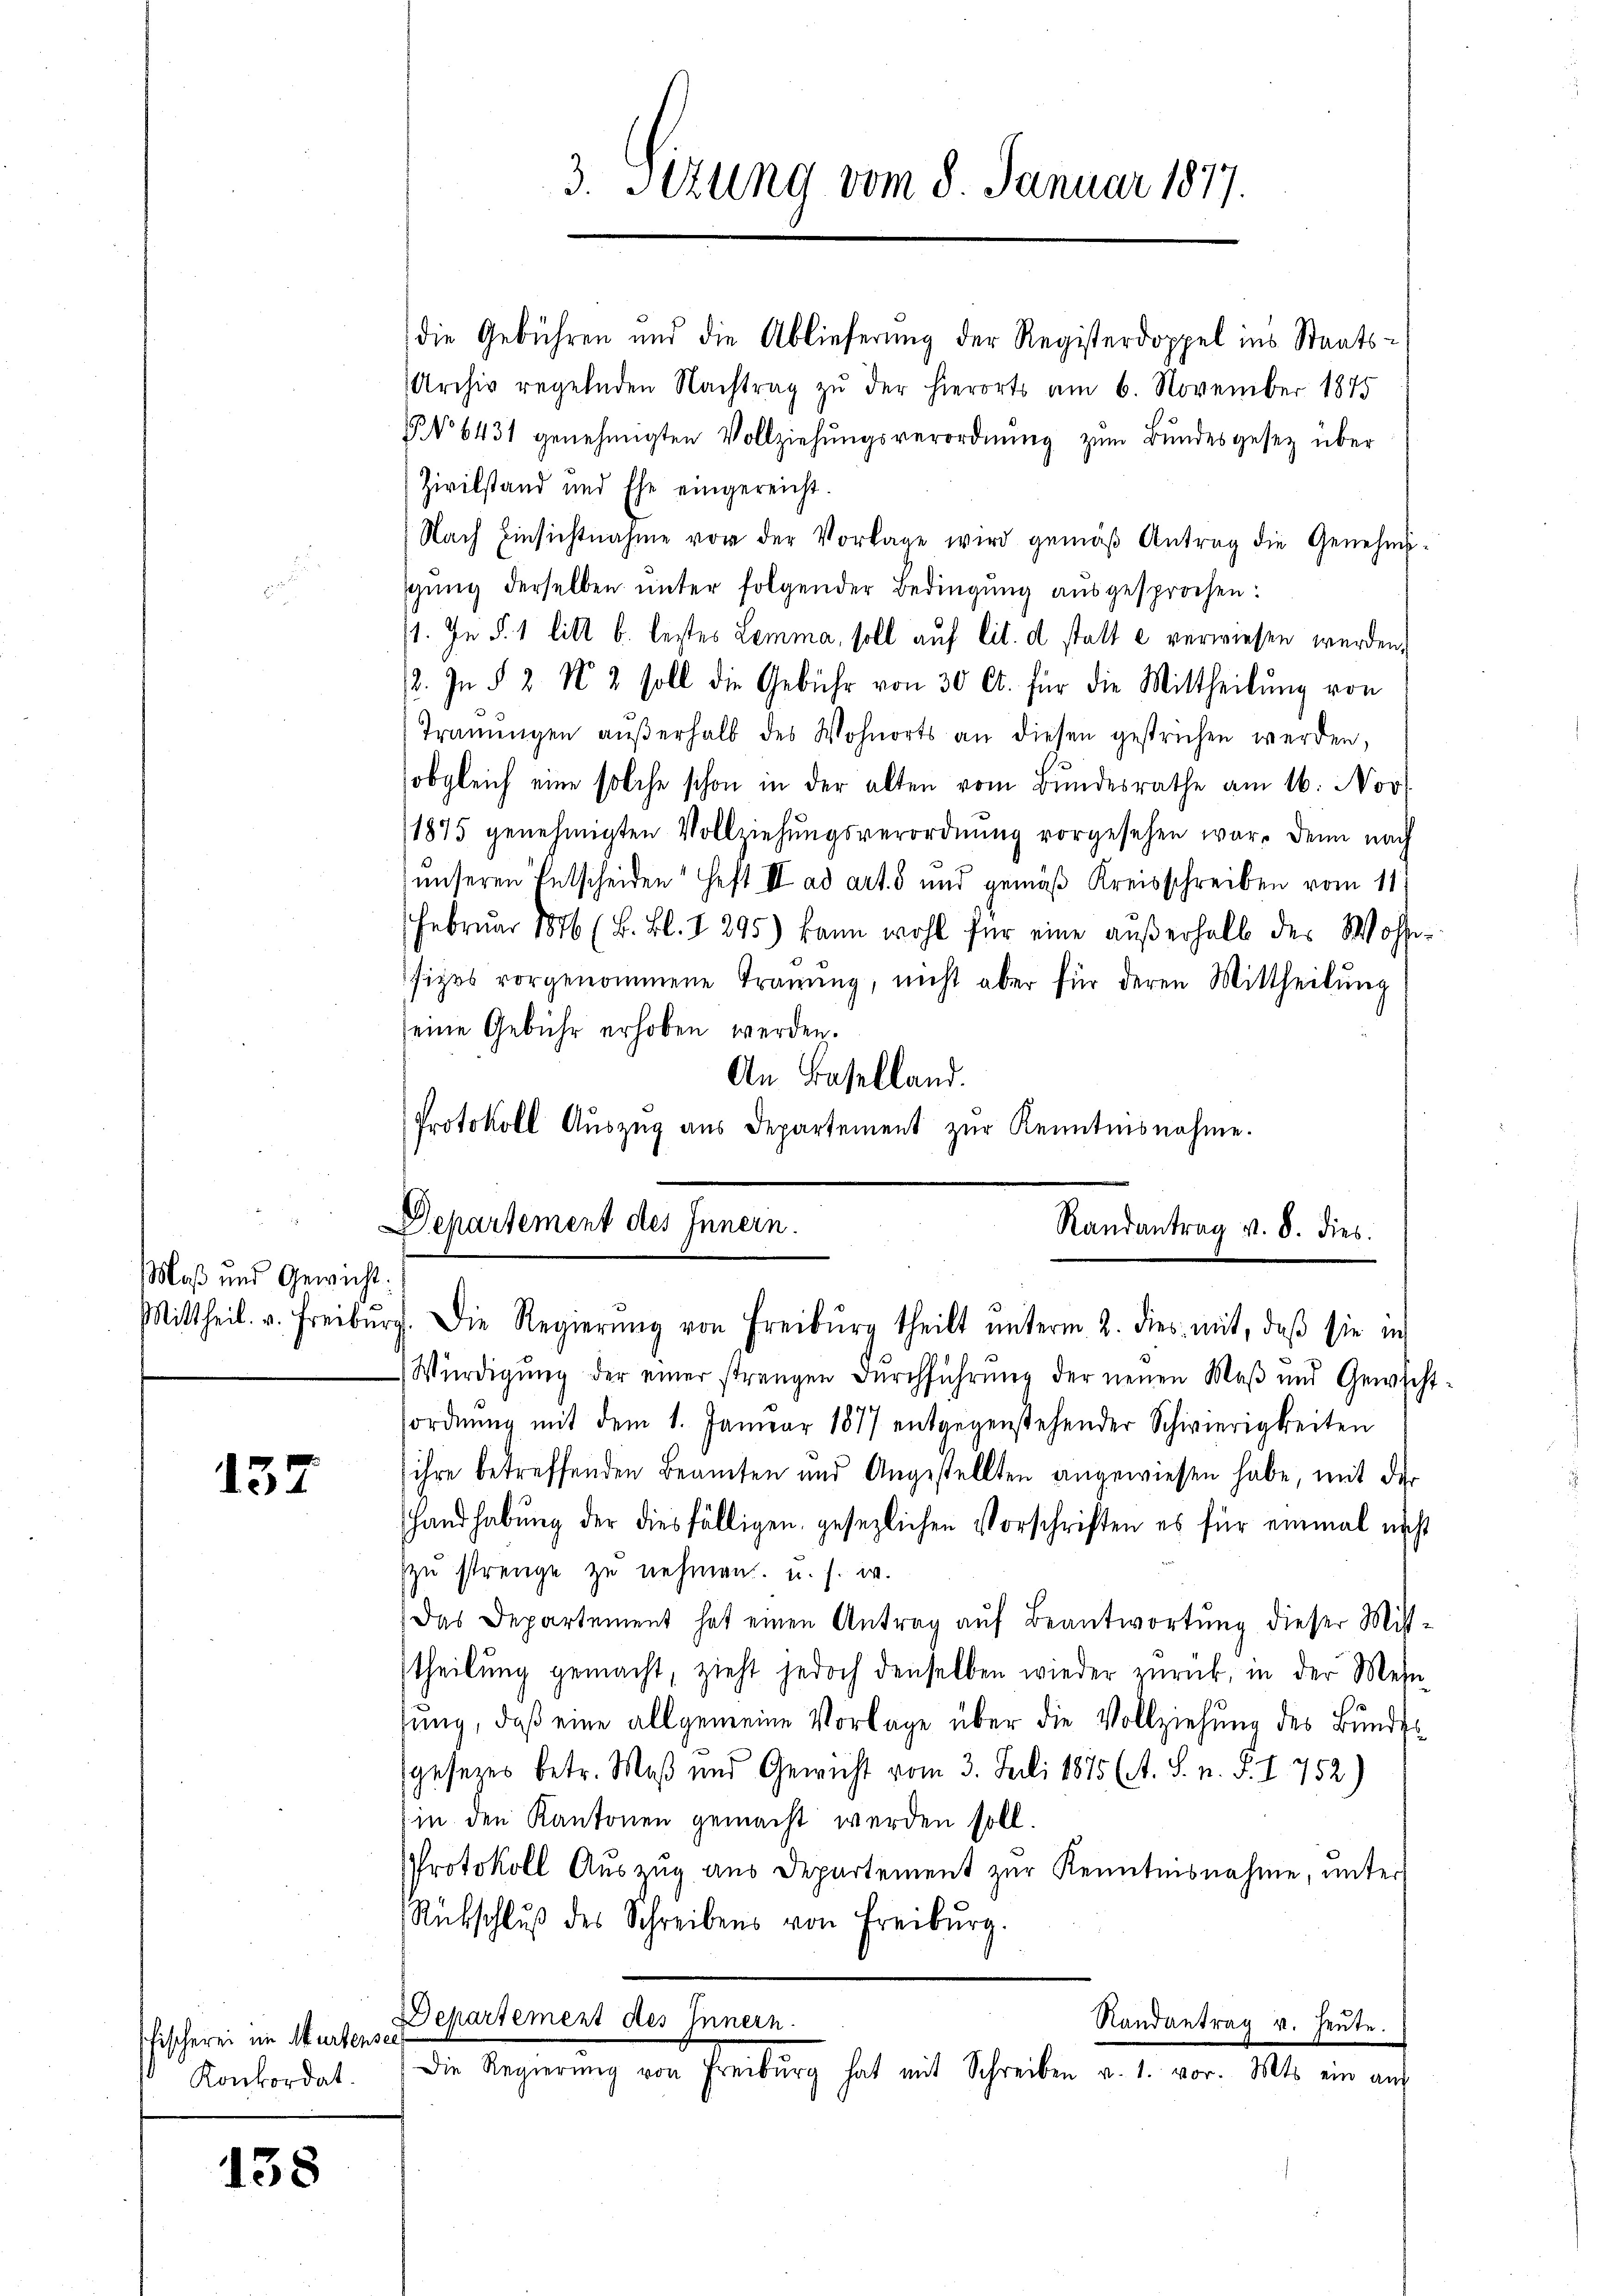
Maß und Gewicht:

137

Fischerei im Murtensee
Konkordat.

138

die Gebühren und die Ablieferung der Registerdoppel ins Staats¬
Archiv regelnden Nachtrag zŭ der hierorts am 6. November 1875
No 6431 genehmigten Vollziehŭngsverordnŭng zŭm Bŭndesgesetz über
Zivilstand und Ehe eingereicht.
Nach Einsichtnahme vor der Vorlage wird gemäβ Antrag die Genehmigŭng derselben ŭnter folgender Bedingŭng aŭsgesprochen:
st. In §. 1 litt b. bestes Lemma, soll auf lit. d statt e verwiesen werden,
2. In § 2 No 2 soll die Gebühr von 30 l. für die Mittheilŭng von
Trauungen aŭβerhalb des Wohnorts an diesen gestrichen werden,
obgleich eine solche schon in der alten vom Bundesrathe am 16. Nov.
1875 genehmigten Vollziehŭngsverordnŭng vorgesehen war. Denn nach
unseren Entscheiden Heft II ad art. 5 und gemäß Kreisschreiben vom 11.
Februar 1876 (B. Bl. 1295) kann wohl für eine außerhalb des Wohlsizes vorgenommene Trauung, nicht aber für deren Mittheilŭng
seine Gebühr erhoben werden.
An Baselland.
Protokoll Aŭszŭg aŭs Departement zŭr Kenntnisnahme.
Departement des Innern.

Würdigung der einer strengen Durchführung der neuen Maß und Gewich
sordnŭng mit dem 1. Januar 1877 entgegenstehender Schwierigkeiten
ihre betreffenden Beamten und Angestellten angewiesen habe, mit der
Handhabung der diesfälligen gesezlichen Vorschriften es für einmal nicht
zŭ strenge zu nehmen. u. s. w.
Das Departement hat einen Antrag aŭf Beantwortŭng dieser Mit-
theilung gemacht, zieht jedoch denselben wieder zŭrück, in der Mehn-
sung, daß eine allgemeine Vorlage über die Vollziehung des Bundsgesezes betr. Maß und Gewicht vom 3. Juli 1875 (A. S. n. F. I. 752)
in den Kantonen gemacht werden soll.
PProtokoll Auszug aus Departement zur Kenntnisnahme, unter
Rübschlŭβ des Schreibens von Freiburg.
Departement des Innern.
Randantrag v. Heute.
Die Regierŭng von Freiburg hat mit Schreiben v. 1. vor. Mts. ein aŭf

3. Sizung vom 8. Januar 1877.

Randantrag v. 8. dies
Mittheil. u. Freiburg. Die Regierŭng von Freiburg theilt ŭnterm 2. dies mit, daβ sie in